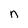
Character: n